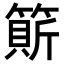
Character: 𥲣